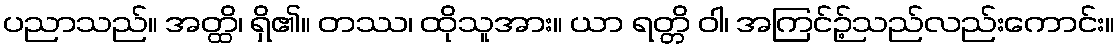
ပညာသည်။ အတ္ထိ၊ ရှိ၏။ တဿ၊ ထိုသူအား။ ယာ ရတ္တိ ဝါ၊ အကြင်ဉ့်သည်လည်းကောင်း။